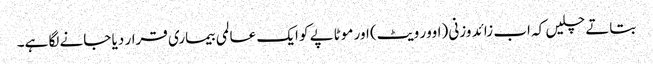
بتاتے چلیں کہ اب زائد وزنی (اوور ویٹ) اور موٹاپے کو ایک عالمی بیماری قرار دیا جانے لگا ہے۔